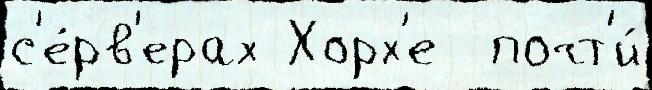
с'е́рв'ерах Хорх'е  почт'и́